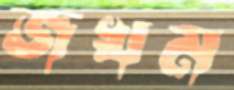
জখম